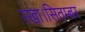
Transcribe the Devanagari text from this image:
रखा।सितम्बर